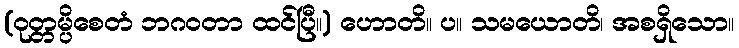
(ဝုတ္တမ္ပိစေတံ ဘဂဝတာ ထင်ပြီ။) ဟောတိ။ ပ။ သမယောတိ၊ အစရှိသော။